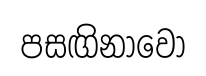
පසඟිනාවෝ